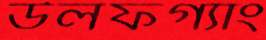
উলফগ্যাং